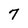
Character: 7